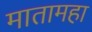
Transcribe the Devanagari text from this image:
मातामहा